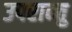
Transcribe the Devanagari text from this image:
उपरान्तु